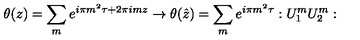
\theta ( z ) = \sum _ { m } e ^ { i \pi m ^ { 2 } \tau + 2 \pi i m z } \rightarrow \theta ( \hat { z } ) = \sum _ { m } e ^ { i \pi m ^ { 2 } \tau } : U _ { 1 } ^ { m } U _ { 2 } ^ { m } :